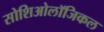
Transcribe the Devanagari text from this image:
सोशिओलॉजिकल